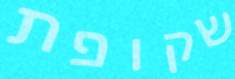
שקופת